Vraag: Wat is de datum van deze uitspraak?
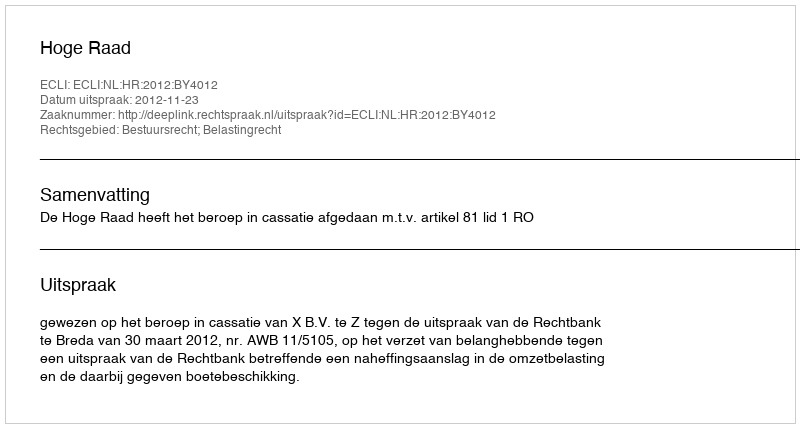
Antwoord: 2012-11-23